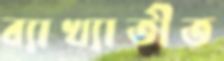
ব্যাখ্যাতীত